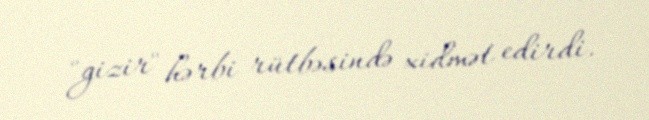
"gizir" hərbi rütbəsində xidmət edirdi.